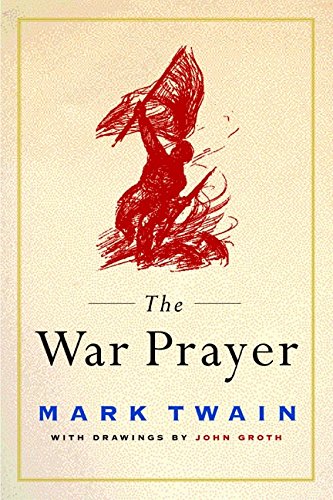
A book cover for The War Prayer; Mark Twain; Literature & Fiction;